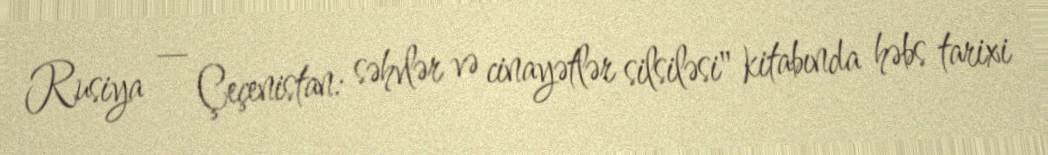
Rusiya — Çeçenistan: səhvlər və cinayətlər silsiləsi" kitabında həbs tarixi